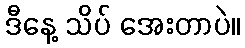
ဒီနေ့ သိပ် အေးတာပဲ။